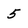
Character: 5